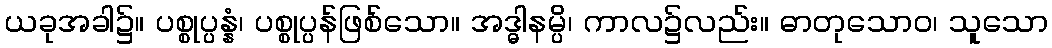
ယခုအခါ၌။ ပစ္စုပ္ပန္နံ၊ ပစ္စုပ္ပန်ဖြစ်သော။ အဒ္ဓါနမ္ပိ၊ ကာလ၌လည်း။ ဓာတုသောဝ၊ သူသော